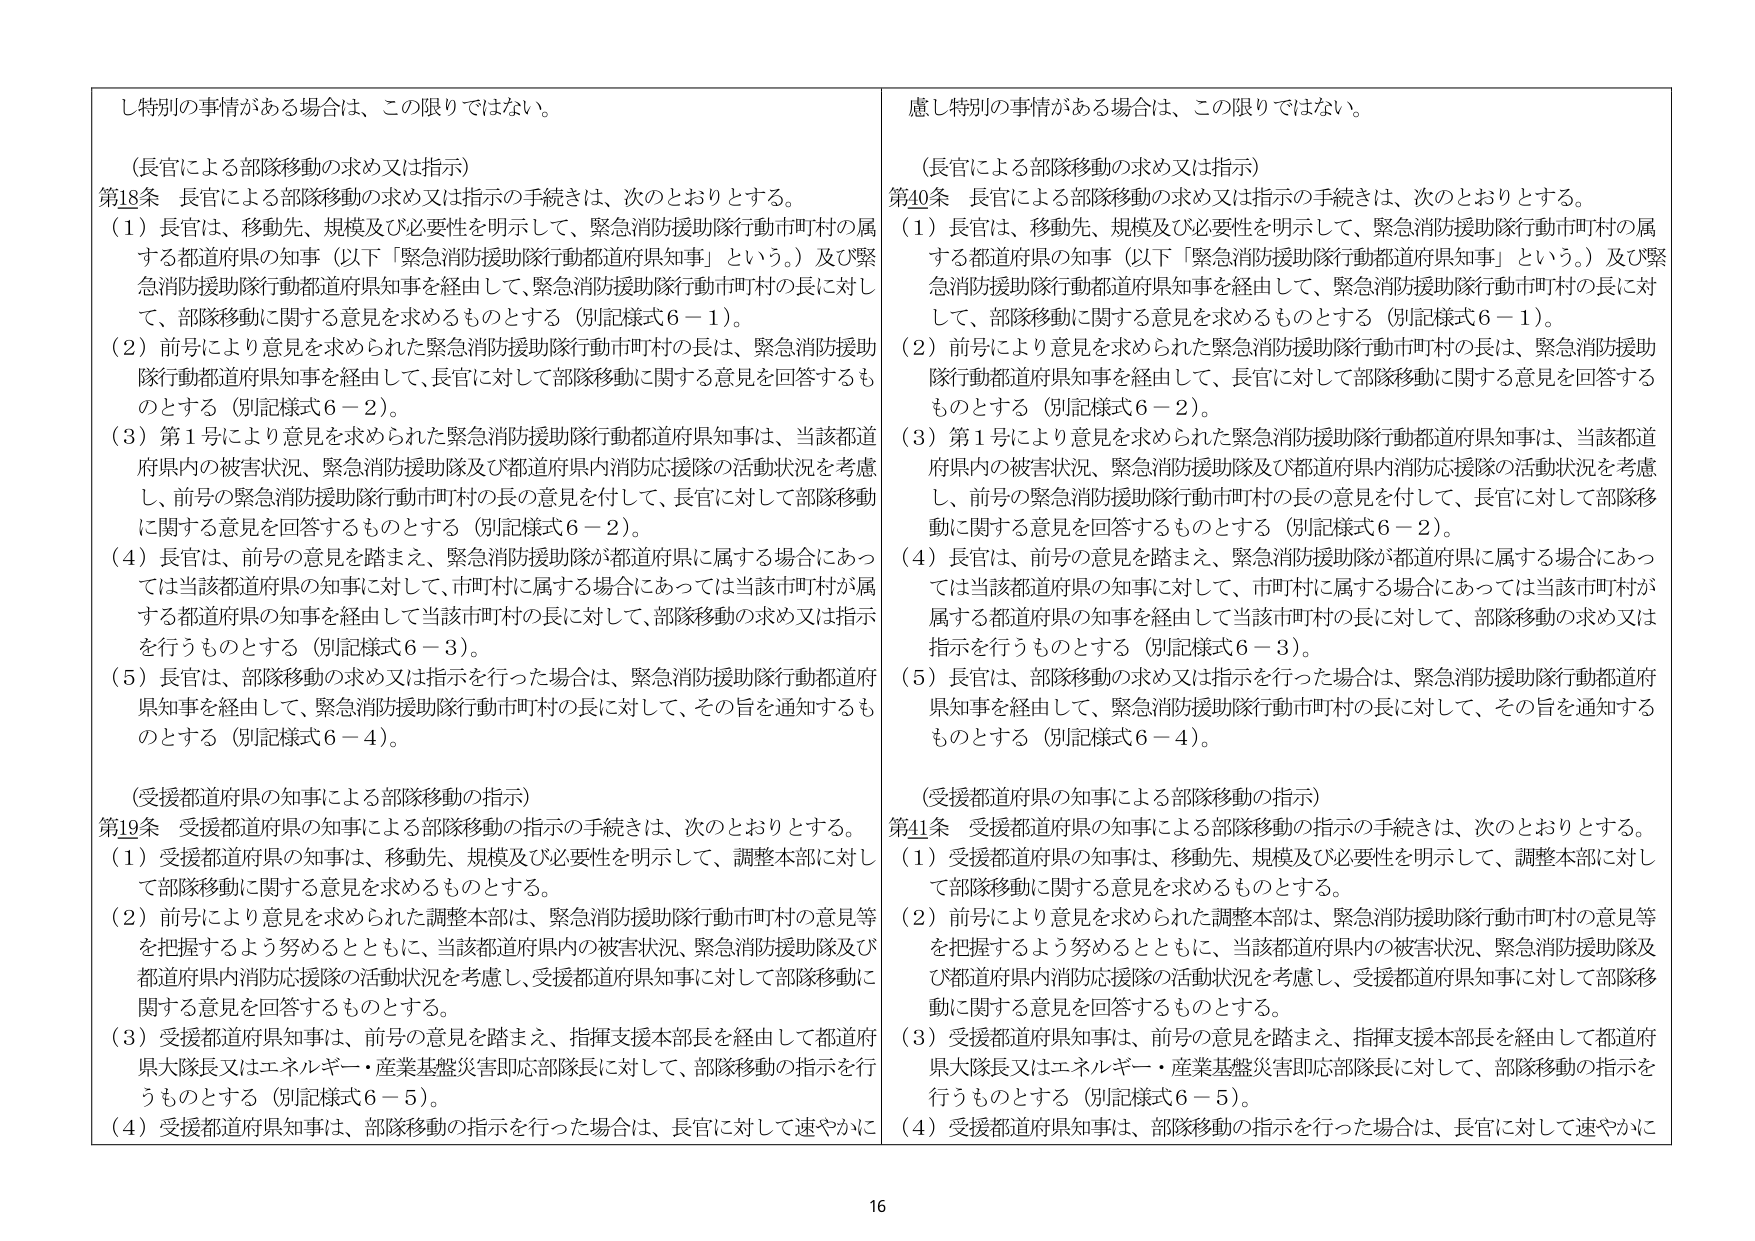
し特別の事情がある場合は、この限りではない。

（長官による部隊移動の求め又は指示）
第18条 長官による部隊移動の求め又は指示の手続きは、次のとおりとする。
（1）長官は、移動先、規模及び必要性を明示して、緊急消防援助隊行動市町村の属する都道府県の知事（以下「緊急消防援助隊行動都道府県知事」という。）及び緊急消防援助隊行動都道府県知事を経由して、緊急消防援助隊行動市町村の長に対して、部隊移動に関する意見を求めるものとする（別記様式６－１）。
（2）前号により意見を求められた緊急消防援助隊行動市町村の長は、緊急消防援助隊行動都道府県知事を経由して、長官に対して部隊移動に関する意見を回答するものとする（別記様式６－２）。
（3）第１号により意見を求められた緊急消防援助隊行動都道府県知事は、当該都道府県内の被害状況、緊急消防援助隊及び都道府県内消防応援隊の活動状況を考慮し、前号の緊急消防援助隊行動市町村の長の意見を付して、長官に対して部隊移動に関する意見を回答するものとする（別記様式６－２）。
（4）長官は、前号の意見を踏まえ、緊急消防援助隊が都道府県に属する場合にあっては当該都道府県の知事に対して、市町村に属する場合にあっては当該市町村が属する都道府県の知事を経由して当該市町村の長に対して、部隊移動の求め又は指示を行うものとする（別記様式６－３）。
（5）長官は、部隊移動の求め又は指示を行った場合は、緊急消防援助隊行動都道府県知事を経由して、緊急消防援助隊行動市町村の長に対して、その旨を通知するものとする（別記様式６－４）。

（受援都道府県の知事による部隊移動の指示）
第19条 受援都道府県の知事による部隊移動の指示の手続きは、次のとおりとする。
（1）受援都道府県の知事は、移動先、規模及び必要性を明示して、調整本部に対して部隊移動に関する意見を求めるものとする。
（2）前号により意見を求められた調整本部は、緊急消防援助隊行動市町村の意見等を把握するよう努めるとともに、当該都道府県内の被害状況、緊急消防援助隊及び都道府県内消防応援隊の活動状況を考慮し、受援都道府県知事に対して部隊移動に関する意見を回答するものとする。
（3）受援都道府県知事は、前号の意見を踏まえ、指揮支援本部長を経由して都道府県大隊長又はエネルギー・産業基盤災害即応部隊長に対して、部隊移動の指示を行うものとする（別記様式６－５）。
（4）受援都道府県知事は、部隊移動の指示を行った場合は、長官に対して速やかに

慮し特別の事情がある場合は、この限りではない。

（長官による部隊移動の求め又は指示）
第40条 長官による部隊移動の求め又は指示の手続きは、次のとおりとする。
（1）長官は、移動先、規模及び必要性を明示して、緊急消防援助隊行動市町村の属する都道府県の知事（以下「緊急消防援助隊行動都道府県知事」という。）及び緊急消防援助隊行動都道府県知事を経由して、緊急消防援助隊行動市町村の長に対して、部隊移動に関する意見を求めるものとする（別記様式６－１）。
（2）前号により意見を求められた緊急消防援助隊行動市町村の長は、緊急消防援助隊行動都道府県知事を経由して、長官に対して部隊移動に関する意見を回答するものとする（別記様式６－２）。
（3）第１号により意見を求められた緊急消防援助隊行動都道府県知事は、当該都道府県内の被害状況、緊急消防援助隊及び都道府県内消防応援隊の活動状況を考慮し、前号の緊急消防援助隊行動市町村の長の意見を付して、長官に対して部隊移動に関する意見を回答するものとする（別記様式６－２）。
（4）長官は、前号の意見を踏まえ、緊急消防援助隊が都道府県に属する場合にあっては当該都道府県の知事に対して、市町村に属する場合にあっては当該市町村が属する都道府県の知事を経由して当該市町村の長に対して、部隊移動の求め又は指示を行うものとする（別記様式６－３）。
（5）長官は、部隊移動の求め又は指示を行った場合は、緊急消防援助隊行動都道府県知事を経由して、緊急消防援助隊行動市町村の長に対して、その旨を通知するものとする（別記様式６－４）。

（受援都道府県の知事による部隊移動の指示）
第41条 受援都道府県の知事による部隊移動の指示の手続きは、次のとおりとする。
（1）受援都道府県の知事は、移動先、規模及び必要性を明示して、調整本部に対して部隊移動に関する意見を求めるものとする。
（2）前号により意見を求められた調整本部は、緊急消防援助隊行動市町村の意見等を把握するよう努めるとともに、当該都道府県内の被害状況、緊急消防援助隊及び都道府県内消防応援隊の活動状況を考慮し、受援都道府県知事に対して部隊移動に関する意見を回答するものとする。
（3）受援都道府県知事は、前号の意見を踏まえ、指揮支援本部長を経由して都道府県大隊長又はエネルギー・産業基盤災害即応部隊長に対して、部隊移動の指示を行うものとする（別記様式６－５）。
（4）受援都道府県知事は、部隊移動の指示を行った場合は、長官に対して速やかに

16